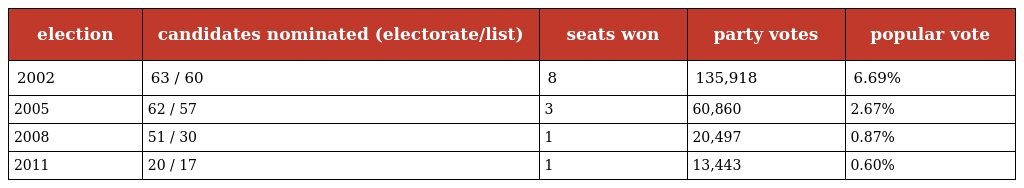
| election | candidates nominated (electorate/list) | seats won | party votes | popular vote |
 | --- | --- | --- | --- | --- |
 | 2002 | 63 / 60 | 8 | 135,918 | 6.69% |
 | 2005 | 62 / 57 | 3 | 60,860 | 2.67% |
 | 2008 | 51 / 30 | 1 | 20,497 | 0.87% |
 | 2011 | 20 / 17 | 1 | 13,443 | 0.60% |